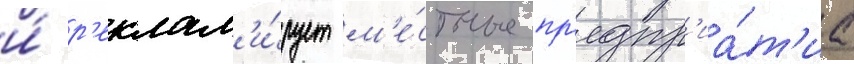
и́ р'еклам'и́рует м'е́стные пр'едпр'иа́т'иа